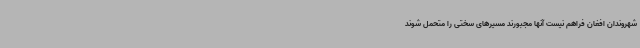
شهروندان افغان فراهم نیست آنها مجبورند مسیرهای سختی را متحمل شوند